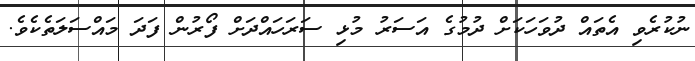
ނުކުރެވި އެތައް ދުވަހަަކަށް ދުމުގެ އަސަރު މުޅި ސަރަހައްދަށް ފޯރުން ފަދަ މައްސަލަތެކެވެ.